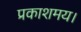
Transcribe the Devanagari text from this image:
प्रकाशमय।